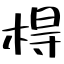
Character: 棏